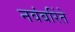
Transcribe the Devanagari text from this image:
नवंबरिंते